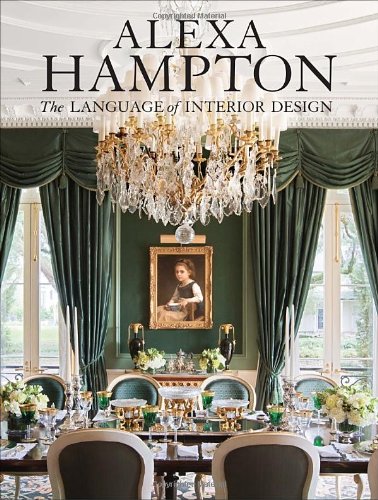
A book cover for Alexa Hampton: The Language of Interior Design; Alexa Hampton; Arts & Photography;